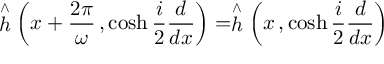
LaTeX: \stackrel { \wedge } { h } \left( x + \frac { 2 \pi } { \omega } \, , \cosh \frac { i } { 2 } \frac { d } { d x } \right) = \stackrel { \wedge } { h } \left( x \, , \cosh \frac { i } { 2 } \frac { d } { d x } \right)